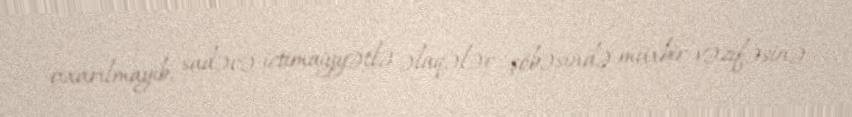
çıxarılmayıb, sadəcə ictimaiyyətlə əlaqələr şöbəsində müxbir vəzifəsinə